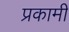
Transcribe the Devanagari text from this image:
प्रकामी